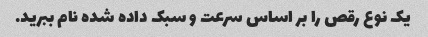
یک نوع رقص را بر اساس سرعت و سبک داده شده نام ببرید.